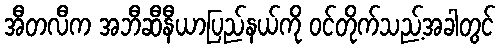
အီတလီက အဘီဆီနီယာပြည်နယ်ကို ဝင်တိုက်သည့်အခါတွင်